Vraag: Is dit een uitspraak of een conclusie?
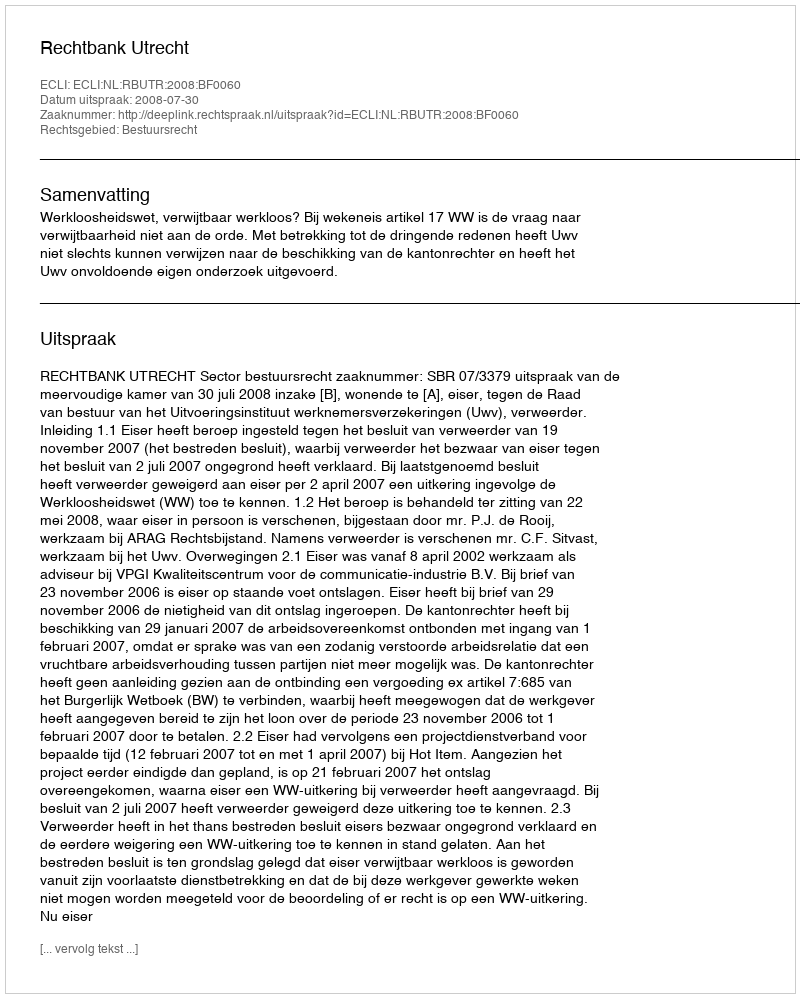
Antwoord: Uitspraak